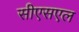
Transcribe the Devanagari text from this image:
सीएसएल